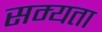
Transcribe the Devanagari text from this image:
सम्यता